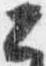
公